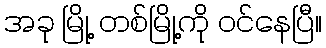
အခု မြို့ တစ်မြို့ကို ဝင်နေပြီ။